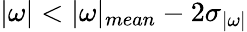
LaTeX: |{\mathbf{\omega}}|<|{\mathbf{\omega}}|_{mean}-2\sigma_{|\mathbf{\omega}|}